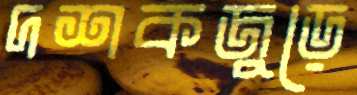
দশকজুড়ে